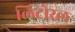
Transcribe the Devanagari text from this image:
लिटोरल